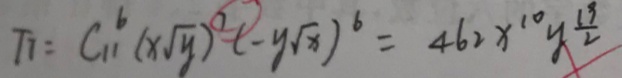
T _ { 7 } = C _ { 1 1 } ^ { 6 } ( x \sqrt { y } ) ^ { 7 } ( - y \sqrt { x } ) ^ { 6 } = 4 6 2 x ^ { 1 0 } y ^ { \frac { 1 9 } { 2 } }